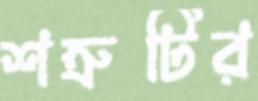
শত্রুটির